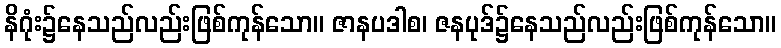
နိဂုံး၌နေသည်လည်းဖြစ်ကုန်သော။ ဇာနပဒါစ၊ ဇနပုဒ်၌နေသည်လည်းဖြစ်ကုန်သော။